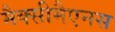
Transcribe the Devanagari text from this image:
मैक्सीमैएनस